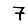
Digit: 7